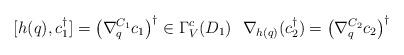
LaTeX: \begin{align*}[h(q),c_1^\dagger]=\left(\nabla_{q}^{C_1}c_1\right)^\dagger\in\Gamma_V^c(D_1)\ \ \nabla_{h(q)}(c_2^\dagger)=\left(\nabla_{q}^{C_2}c_2\right)^\dagger\end{align*}